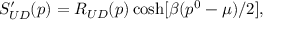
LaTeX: S _ { U D } ^ { \prime } ( p ) = R _ { U D } ( p ) \cosh [ \beta ( p ^ { 0 } - \mu ) / 2 ] ,